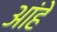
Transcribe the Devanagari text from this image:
आंहे